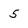
Character: 5